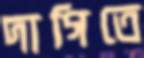
দাগিতে